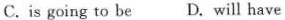
C.is going to be D. Will have